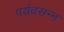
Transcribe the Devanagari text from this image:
पर्यवसन्न